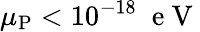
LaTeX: \mu_{\mathrm{P}}<10^{-18}\; \mathrm{~e~V~}